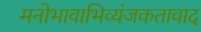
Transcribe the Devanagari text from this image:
मनोभावाभिव्यंजकतावाद